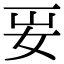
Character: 𡛎